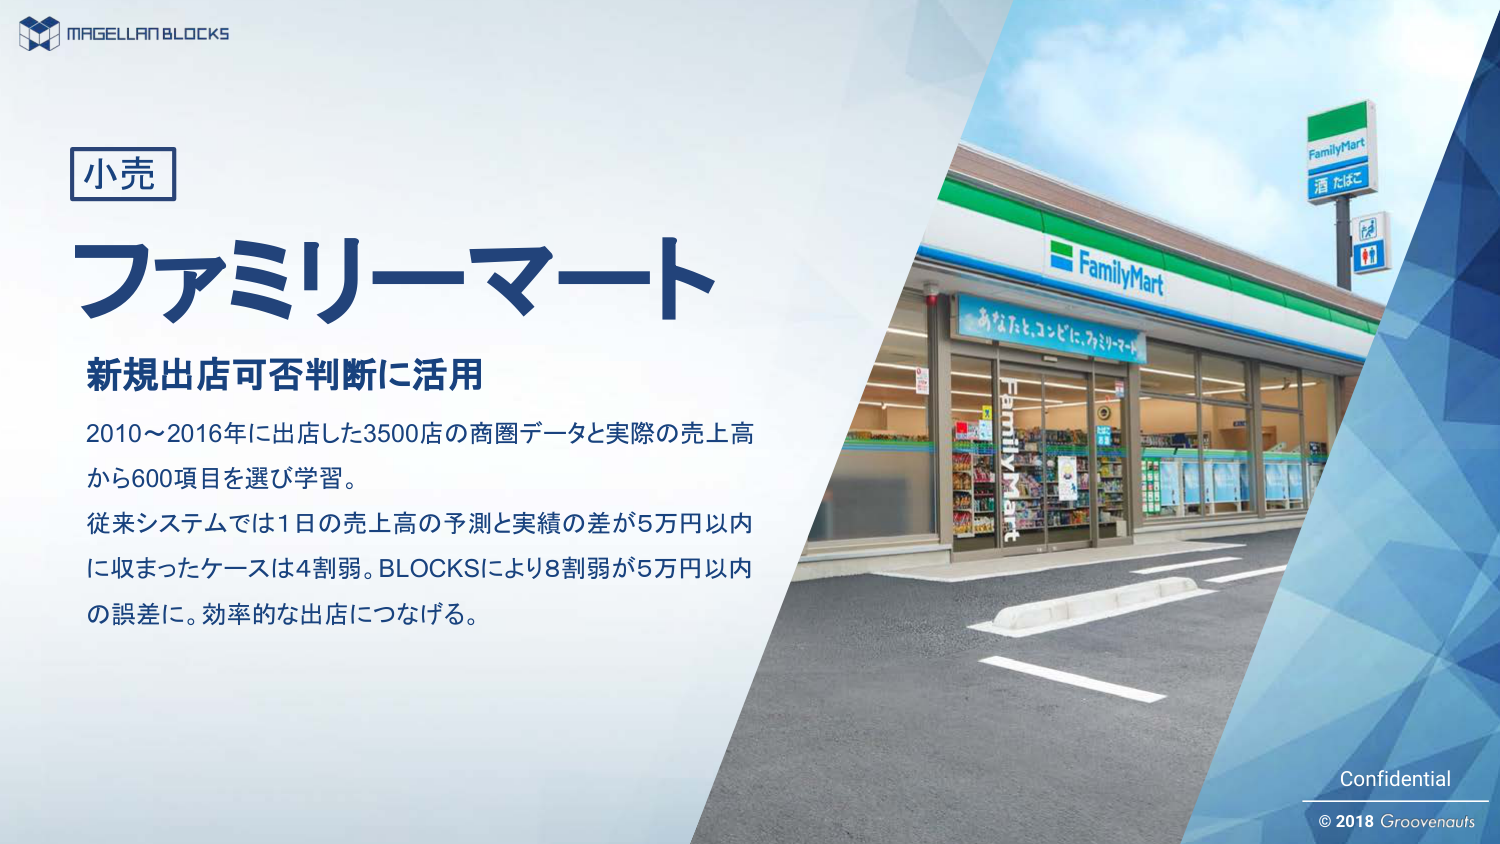
MAGELLAN BLOCKS
小売
ファミリーマート
新規出店可否判断に活用
2010～2016年に出店した3500店の商圏データと実際の売上高
から600項目を選び学習。
従来システムでは1日の売上高の予測と実績の差が5万円以内
に収まったケースは4割弱。BLOCKSにより8割弱が5万円以内
の誤差に。効率的な出店につなげる。
FamilyMart
酒 たばこ
あなたと、コンビに、ファミリーマート
FamilyMart
Confidential
© 2018 Groovenauts